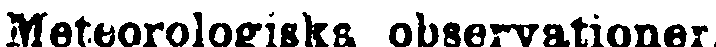
Meteorologiska observationer.